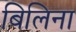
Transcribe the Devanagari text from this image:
बिलिना